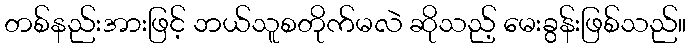
တစ်နည်းအားဖြင့် ဘယ်သူစတိုက်မလဲ ဆိုသည့် မေးခွန်းဖြစ်သည်။